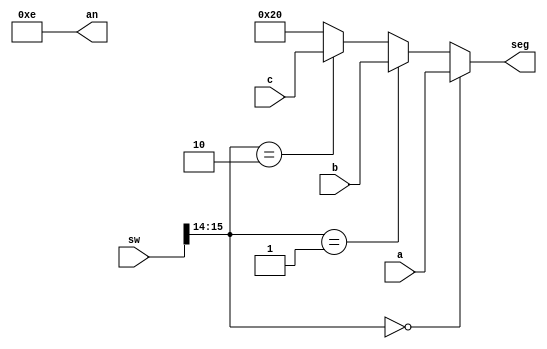
`timescale 1ns / 1ps
//////////////////////////////////////////////////////////////////////////////////
// Company: 
// Engineer: 
// 
// Design Name: 
// Module Name: mux
// Project Name: 
// Target Devices: 
// Tool Versions: 
// Description: 
// 
// Dependencies: 
// 
// Revision:
// Revision 0.01 - File Created
// Additional Comments:
// 
//////////////////////////////////////////////////////////////////////////////////


module mux(input [15:0] sw, input [6:0] a,b,c, output reg [6:0] seg, output reg [3:0] an);
reg [15:14] opt;
always@(*) begin
opt <= sw[15:14];
an <= 4'b1110;
if(opt == 2'b00)
 seg <= a;
else if(opt == 2'b01)
 seg <= b;
else if(opt == 2'b10)
 seg <= c;
else
 seg <= 7'b100000;
end

endmodule